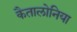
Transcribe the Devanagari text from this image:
कैतालोनिया